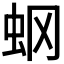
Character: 𧈿